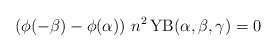
\begin{align*}\left(\phi(-\beta)-\phi(\alpha)\right)\,n^2\,\mathrm{YB}(\alpha, \beta, \gamma)=0\end{align*}